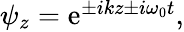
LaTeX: \begin{array}{r}{\psi_{z}=\mathrm{e}^{\pm ikz\pm i\omega_{0}t},}\end{array}